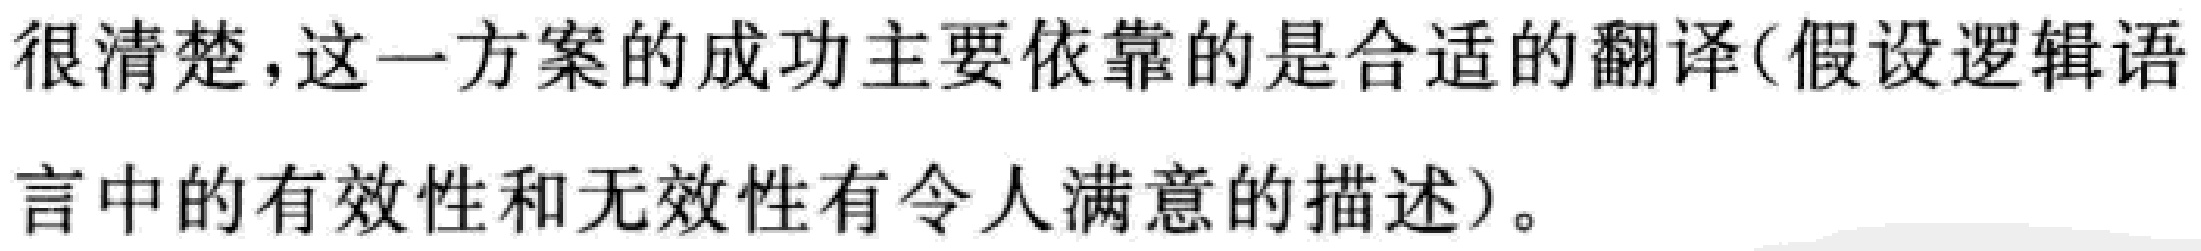
很清楚，这一方案的成功主要依靠的是合适的翻译(假设逻辑语言中的有效性和无效性有令人满意的描述)。